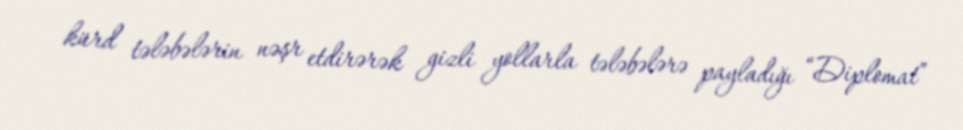
kürd tələbələrin nəşr etdirərək gizli yollarla tələbələrə payladığı “Diplomat”